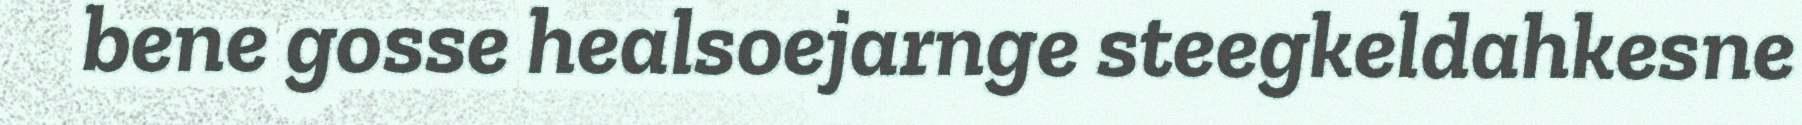
bene gosse healsoejarnge steegkeldahkesne